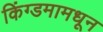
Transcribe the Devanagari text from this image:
किंग्डमामधून